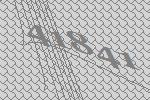
41841